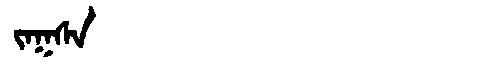
Manchu: ᠵᠠᡴᠰᠠ
Romanization: JAKSA